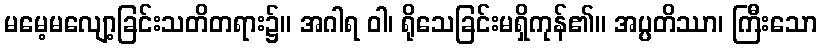
မမေ့မလျော့ခြင်းသတိတရား၌။ အဂါရ ဝါ၊ ရိုသေခြင်းမရှိကုန်၏။ အပ္ပတိဿာ၊ ကြီးသော